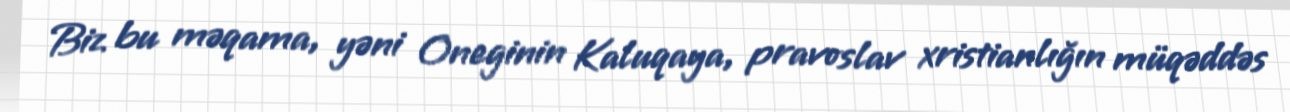
Biz bu məqama, yəni Oneginin Kaluqaya, pravoslav xristianlığın müqəddəs